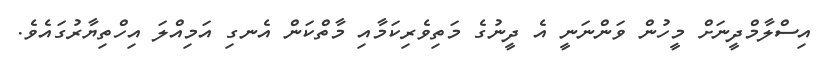
އިސްލާމްދީނަށް މީހުން ވަންނަނީ އެ ދީނުގެ މަތިވެރިކަމާއި މާތްކަން އެނގި އަމިއްލަ އިހްތިޔާރުގައެވެ.